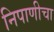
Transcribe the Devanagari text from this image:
निपाणीचा